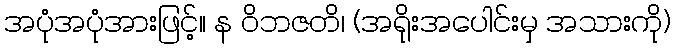
အပုံအပုံအားဖြင့်။ န ဝိဘဇတိ၊ (အရိုးအပေါင်းမှ အသားကို)